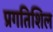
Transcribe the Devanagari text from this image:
प्रगतिशिल